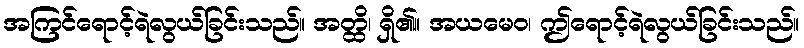
အကြင်ရောင့်ရဲလွယ်ခြင်းသည်။ အတ္ထိ၊ ရှိ၏။ အယမေဝ၊ ဤရောင့်ရဲလွယ်ခြင်းသည်။